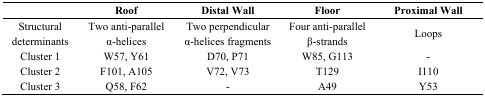
|  | Roof | Distal Wall | Floor | Proximal Wall |
 | --- | --- | --- | --- | --- |
 | Structural determinants | Two anti-parallel α-helices | Two perpendicular α-helices fragments | Four anti-parallel β-strands | Loops |
 | Cluster 1 | W57, Y61 | D70, P71 | W85, G113 | - |
 | Cluster 2 | F101, A105 | V72, V73 | T129 | I110 |
 | Cluster 3 | Q58, F62 | - | A49 | Y53 |